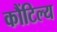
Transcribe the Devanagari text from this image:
कौंटिल्य